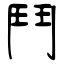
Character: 鬥